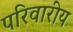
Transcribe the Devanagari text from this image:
परिवारीय